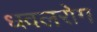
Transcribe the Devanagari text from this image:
धवलरोग